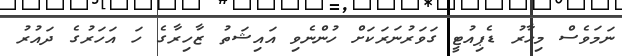
ނަމަވެސް މިހާރު ޑެޕިއުޓީ ގަވަރުނަރަކަށް ހުންނެވި އައިޝަތު ޒާހިރާގެ ހަ އަހަރުގެ ދައުރު